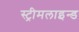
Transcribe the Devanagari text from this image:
स्ट्रीमलाइन्ड